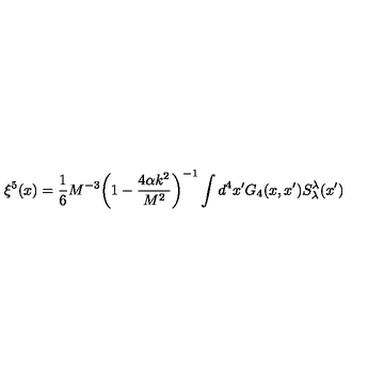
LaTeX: \xi ^ { 5 } ( x ) = \frac { 1 } { 6 } M ^ { - 3 } \bigg ( 1 - \frac { 4 \alpha k ^ { 2 } } { M ^ { 2 } } \bigg ) ^ { - 1 } \int d ^ { 4 } x ^ { \prime } G _ { 4 } ( x , x ^ { \prime } ) S _ { \lambda } ^ { \lambda } ( x ^ { \prime } )